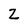
Character: Z